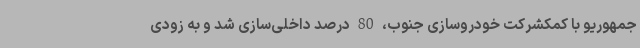
جمهوریو با کمکشرکت خودروسازی جنوب، 80 درصد داخلی‌سازی شد و به زودی